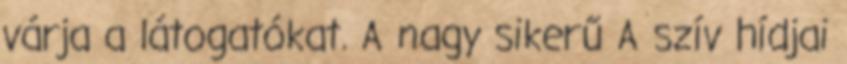
várja a látogatókat. A nagy sikerű A szív hídjai